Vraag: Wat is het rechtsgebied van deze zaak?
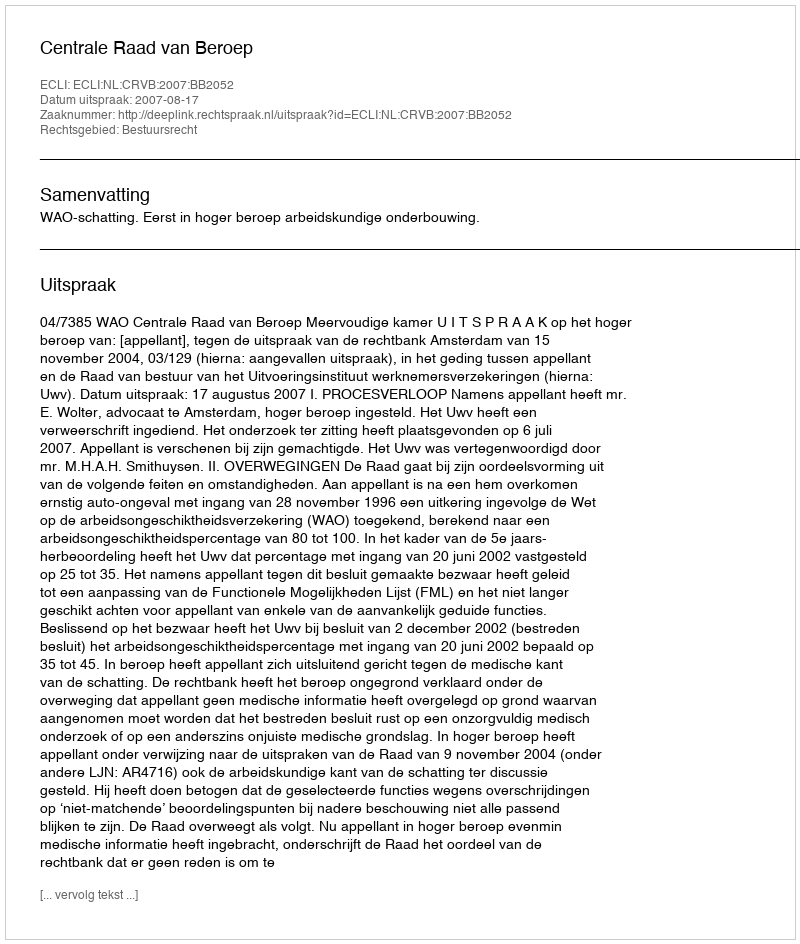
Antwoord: Bestuursrecht